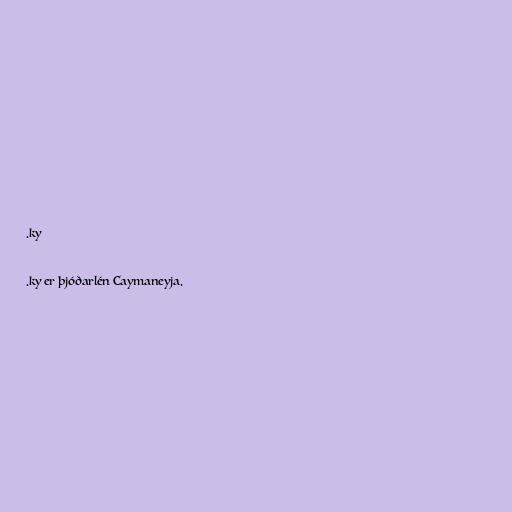
.ky

.ky er þjóðarlén Caymaneyja.